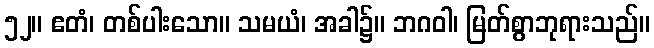
၅၂။ ဧတံ၊ တစ်ပါးသော။ သမယံ၊ အခါ၌။ ဘဂဝါ၊ မြတ်စွာဘုရားသည်။